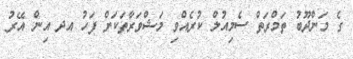
ގެ މަންދޫބު ތަމްރަތް ސެމިއުލް ކުރެއްވި މަޝްވަރާތަކަށް ފަހު އދ އިން އޭރު